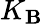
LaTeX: K_{\mathbf{B}}